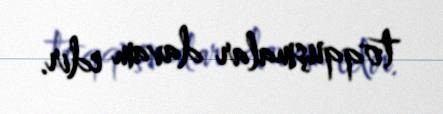
toqquşmalar davam edir.